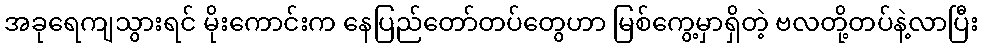
အခုရေကျသွားရင် မိုးကောင်းက နေပြည်တော်တပ်တွေဟာ မြစ်ကွေ့မှာရှိတဲ့ ဗလတို့တပ်နဲ့လာပြီး